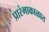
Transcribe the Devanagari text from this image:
प्रारंभाकाळात